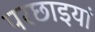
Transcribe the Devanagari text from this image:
परछाइयां